Indian journal of veterinary science and animal husbandry - Volume 9,
Year: 1939
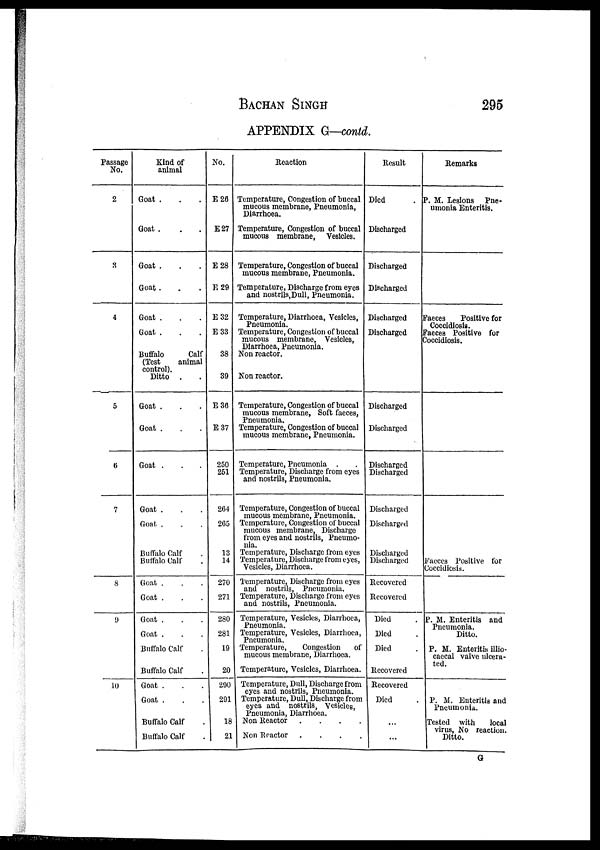
BACHAN
SINGH
295
APPENDIX G—contd.
Passage
No.
2
3
4
5
6
7
8
9
10
Kind of
animal
Goat . . .
Goat . . .
Goat . . .
Goat . . .
Goat . . .
Goat . . .
Buffalo
Calf
(Test
animal
control).
Ditto . .
Goat . . .
Goat . . .
Goat . . .
Goat . . .
Goat . . .
Buffalo Calf .
Buffalo Calf .
Goat . . .
Goat . . .
Goat . . .
Goat . . .
Buffalo Calf .
Buffalo Calf .
Goat . . .
Goat . . .
Buffalo Calf .
Buffalo Calf .
No.
E 26
E 27
E 28
E 29
E 32
E 33
38
39
E 36
E 37
250
251
264
265
13
14
270
271
280
281
19
20
290
291
18
21
Reaction
Temperature, Congestion of buccal
mucous membrane, Pneumonia,
Diarrhoea.
Temperature, Congestion of buccal
mucous membrane, Vesicles.
Temperature, Congestion of buccal
mucous membrane, Pneumonia.
Temperature, Discharge from eyes
and nostrils,Dull, Pneumonia.
Temperature, Diarrhoea, Vesicles,
Pneumonia.
Temperature, Congestion of buccal
mucous membrane, Vesicles,
Diarrhoea, Pneumonia.
Non reactor.
Non reactor.
Temperature, Congestion of buccal
mucous membrane, Soft faeces,
Pneumonia.
Temperature, Congestion of buccal
mucous membrane, Pneumonia.
Temperature, Pneumonia . .
Temperature, Discharge from eyes
and nostrils, Pneumonia.
Temperature, Congestion of buccal
mucous membrane, Pneumonia.
Temperature, Congestion of buccal
mucous membrane, Discharge
from eyes and nostrils, Pneumo¬
nia.
Temperature, Discharge from eyes
Temperature, Discharge from eyes,
Vesicles, Diarrhoea.
Temperature, Discharge from eyes
and nostrils, Pneumonia.
Temperature, Discharge from eyes
and nostrils, Pneumonia.
Temperature, Vesicles, Diarrhoea,
Pneumonia.
Temperature, Vesicles, Diarrhoea,
Pneumonia.
Temperature,
Congestion
of
mucous membrane, Diarrhoea.
Temperature, Vesicles, Diarrhoea.
Temperature, Dull, Discharge from
eyes and nostrils, Pneumonia.
Temperature, Dull, Discharge from
eyes and nostrils, Vesicles,
Pneumonia, Diarrhoea.
Non
Reactor
.
.
.
.
Non Reactor
.
.
.
.
Result
Died
.
Discharged
Discharged
Discharged
Discharged
Discharged
Discharged
Discharged
Discharged
Discharged
Discharged
Discharged
Discharged
Discharged
Recovered
Recovered
Died .
Died .
Died .
Recovered
Recovered
Died .
...
...
Remarks
P. M. Lesions Pne¬
umonia Enteritis.
Faeces
Positive for
Coccidiosis.
Faeces Positive for
Coccidiosis.
Faeces Positive for
Coccidiosis.
P. M. Enteritis and
Pneumonia.
Ditto.
P. M. Enteritis illio¬
caecal valve ulcera-
ted.
P. M. Enteritis and
Pneumonia.
Tested with
local
virus, No reaction.
Ditto.
G